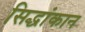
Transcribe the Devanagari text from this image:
सिद्धांकान